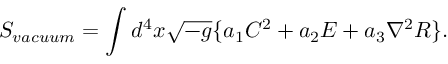
S _ { v a c u u m } = \int d ^ { 4 } x \sqrt { - g } \{ a _ { 1 } C ^ { 2 } + a _ { 2 } E + a _ { 3 } { \nabla } ^ { 2 } R \} .